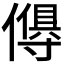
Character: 𬿸